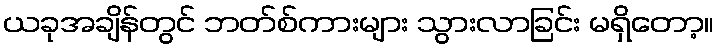
ယခုအချိန်တွင် ဘတ်စ်ကားများ သွားလာခြင်း မရှိတော့။